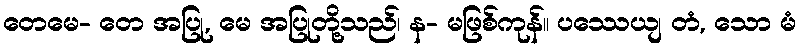
တေမေ- တေ အပြု, မေ အပြုတို့သည်၊ န- မဖြစ်ကုန်။ ပဿေယျ တံ, သော မံ